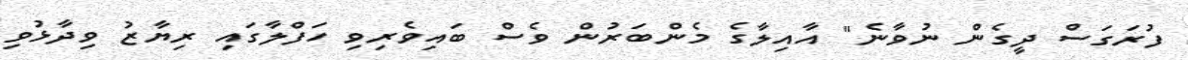
ފުރަގަސް ދީގެން ނުވާނެ" އާއިލާގެ މެންބަރުން ވެސް ބައިވެރިވި ހަފްލާގައި ރިޔާޒު ވިދާޅުވި